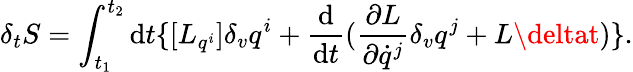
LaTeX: \delta_{t}{S}=\int_{t_{1}}^{t_{2}}\mathrm{d}t\{ [{L}_{q^{i}}]\delta_{v}q^{i}+\frac{{\mathrm{d}}}{{\mathrm{d}t}}(\frac{{\partial{L}}}{{\partial\dot{{q}}^{j}}}\delta_{v}q^{j}+{L}\deltat)\} .